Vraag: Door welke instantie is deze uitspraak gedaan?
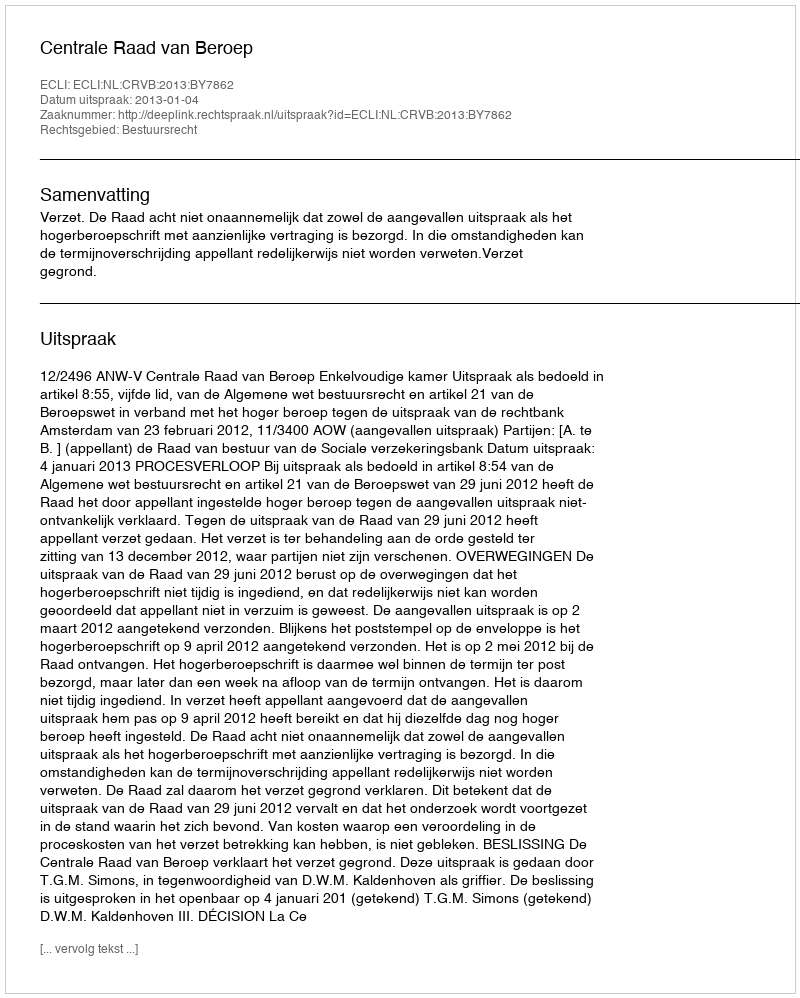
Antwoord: Centrale Raad van Beroep